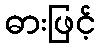
ဓားဖြင့်